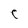
Character: C